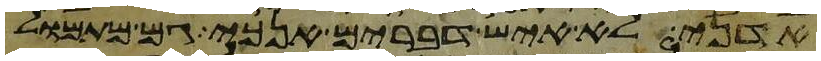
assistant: אדני לא איש דברים אנכי גם מתמול